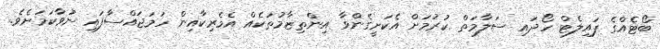
ބޯޓެއްގެ ޕައިލެޓް ހޯދައި ސަލާމަތް ކުރުމަށް އެކަށީގެންވާ އިންތިޒާމުތަކެއް އެމެރިކާއިން ހަމަޖައްސާފައި ނުވާކަމަށެވެ.